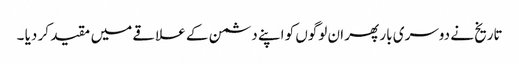
تاریخ نے دوسری بار پھر ان لوگوں کو اپنے دشمن کے علاقے میں مقید کر دیا ۔